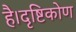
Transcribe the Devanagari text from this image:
है।दृष्टिकोण